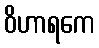
ဝိဟာရကေ